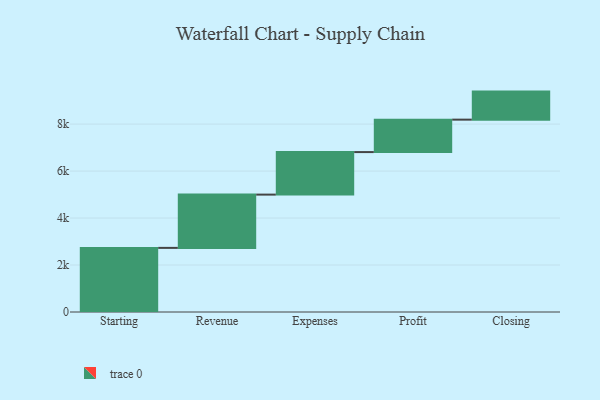
{"axis": {"x": "Step", "y": "Value"}, "legend": [""], "data": [{"x": "Starting", "y": 2730.0, "type": ""}, {"x": "Revenue", "y": 2268.0, "type": ""}, {"x": "Expenses", "y": 1811.0, "type": ""}, {"x": "Profit", "y": 1381.0, "type": ""}, {"x": "Closing", "y": 1194.0, "type": ""}]}